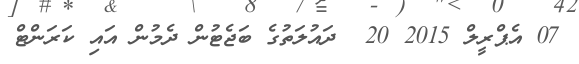
07 އެޕްރީލް 2015 20  ދައުލަތުގެ ބަޖެޓުން ދެމުން އައި ކަރަންޓް